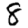
Digit: 8